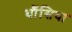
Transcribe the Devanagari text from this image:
धौंसिया